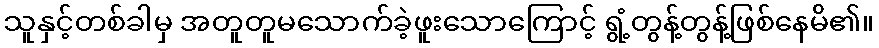
သူနှင့်တစ်ခါမှ အတူတူမသောက်ခဲ့ဖူးသောကြောင့် ရွံ့တွန့်တွန့်ဖြစ်နေမိ၏။